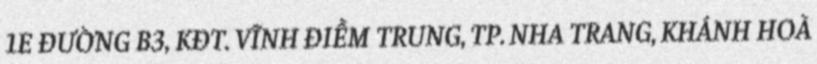
1E ĐƯỜNG B3, KĐT. VĨNH ĐIỀM TRUNG, TP. NHA TRANG, KHÁNH HOÀ